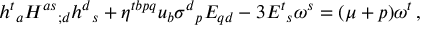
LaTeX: h ^ { t } { } _ { a } H ^ { a s } { } _ { ; d } h ^ { d } { } _ { s } + \eta ^ { t b p q } u _ { b } \sigma ^ { d } { } _ { p } E _ { q d } - 3 E ^ { t } { } _ { s } \omega ^ { s } = ( \mu + p ) \omega ^ { t } \, ,